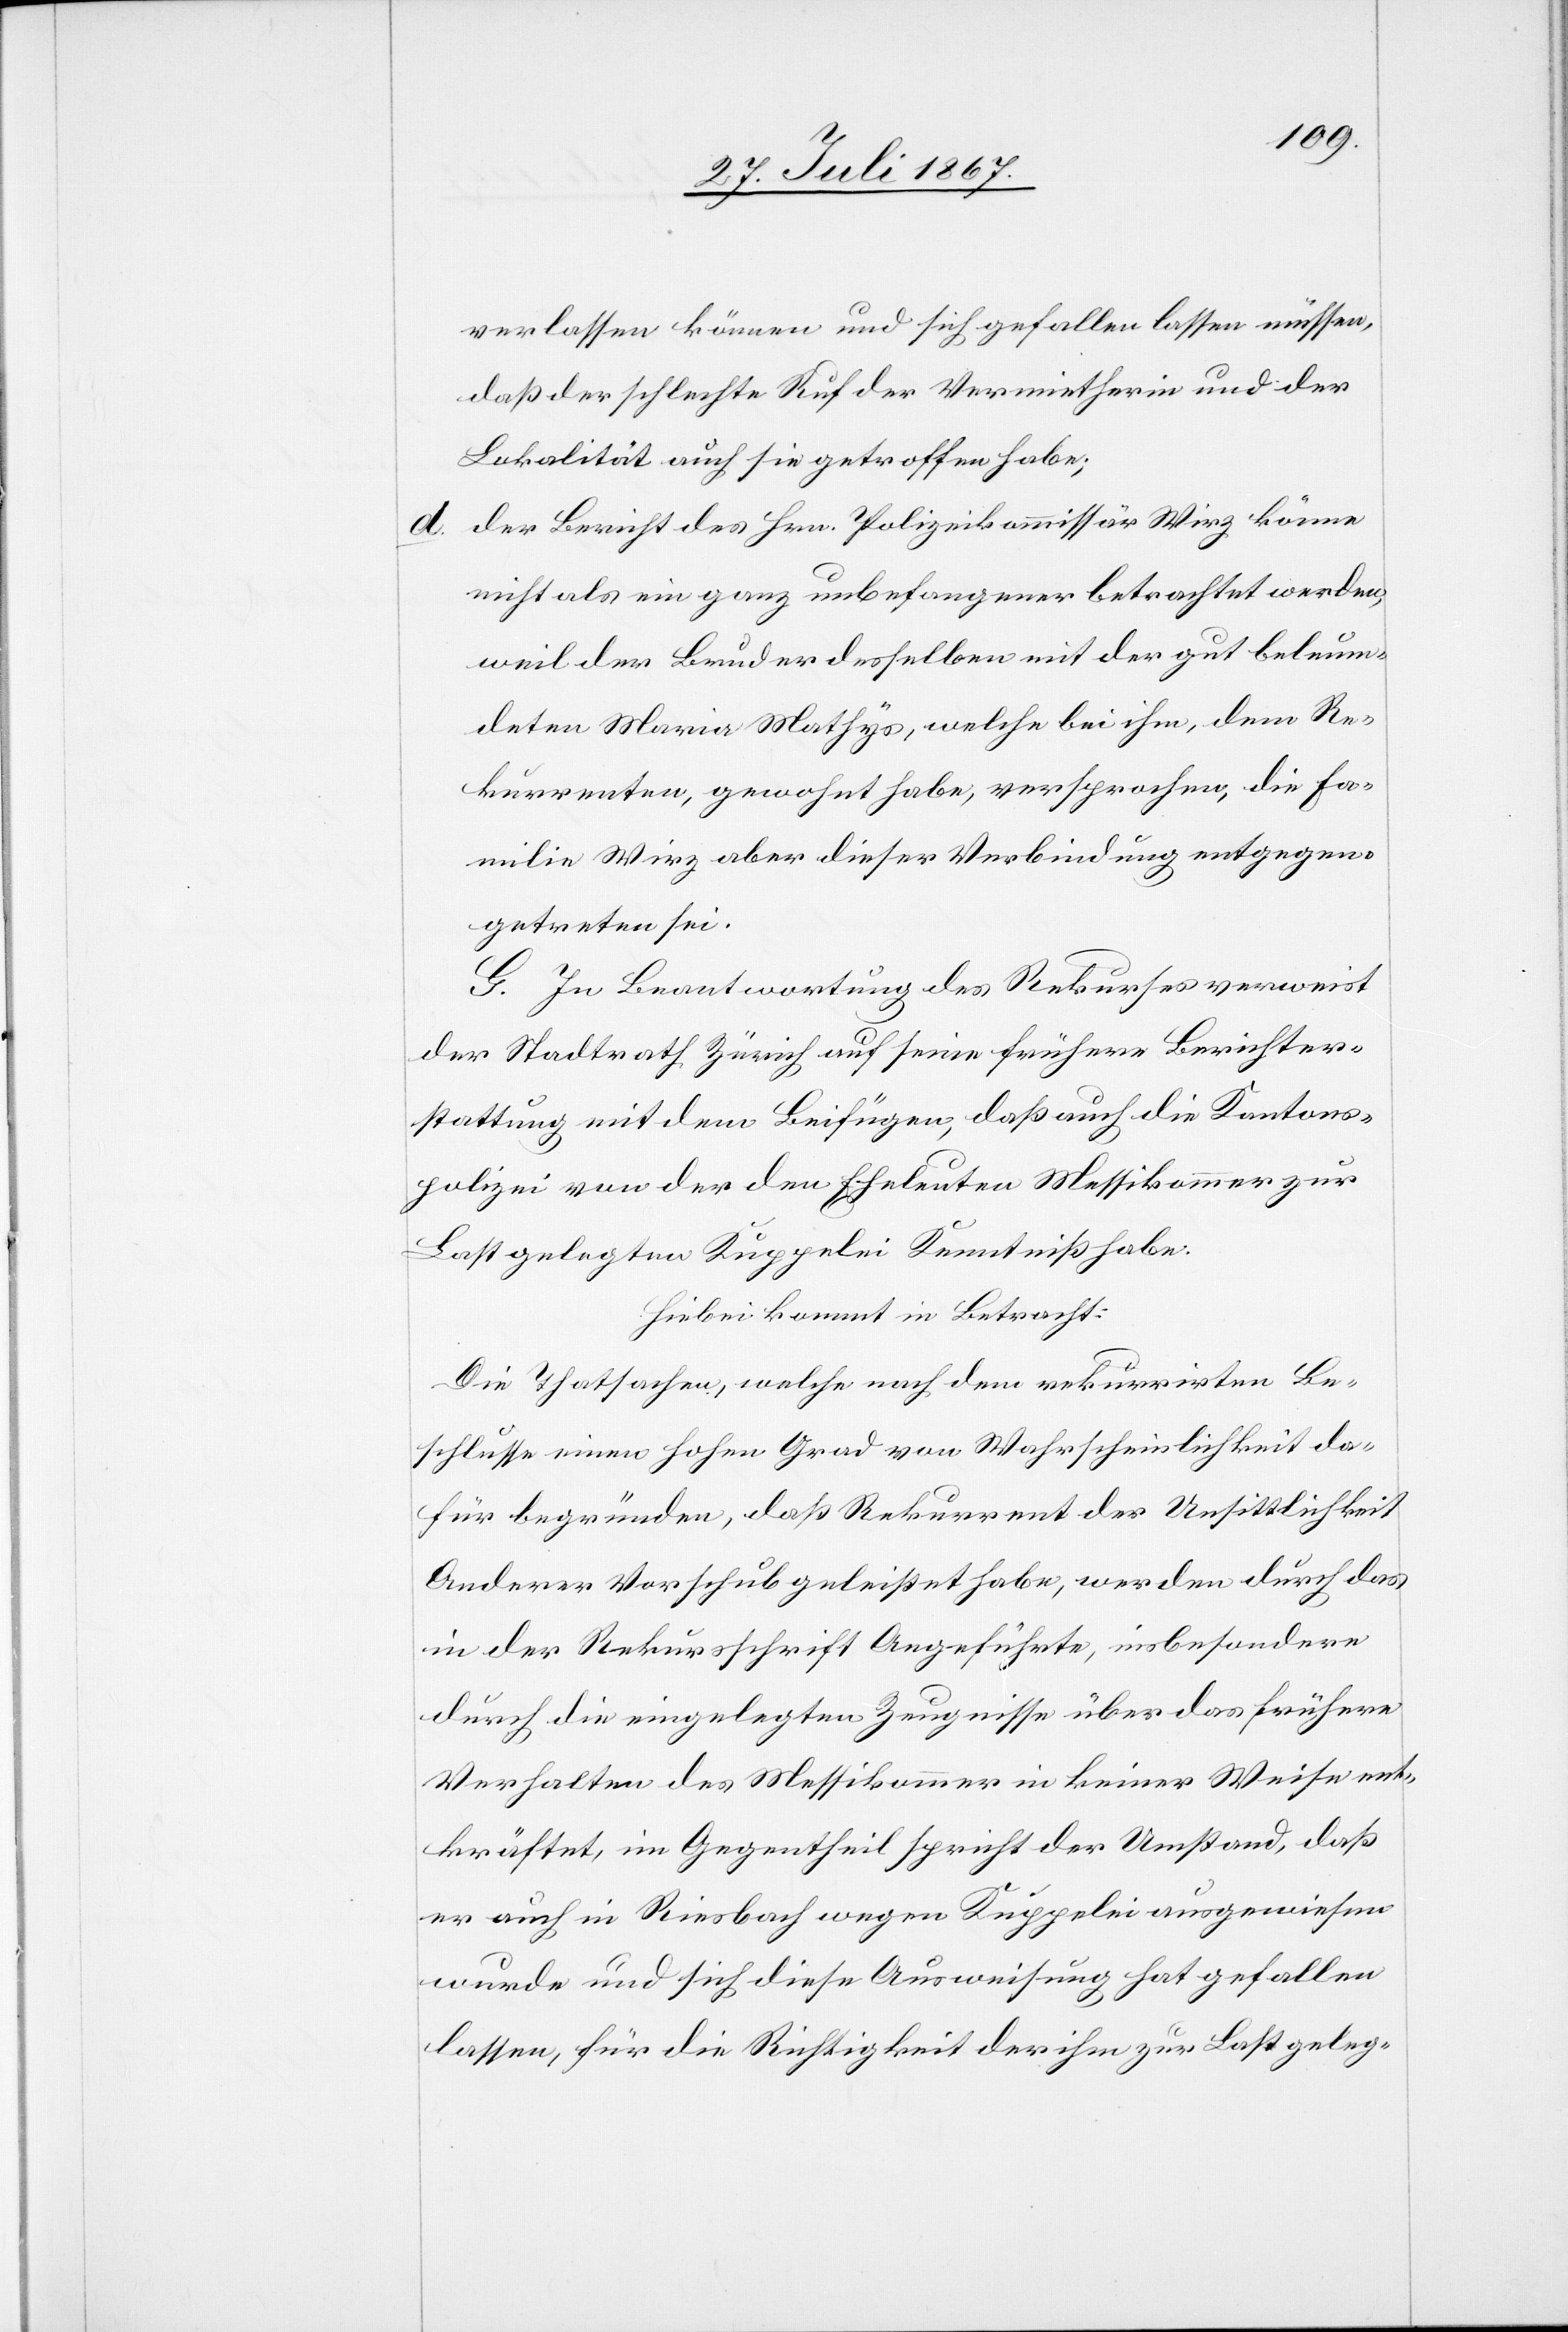
verlassen können und sich gefallen lassen müssen,
daß der schlechte Ruf der Vermietherin und der
Lokalität auch sie getroffen habe;
d. der Bericht des Hrn. Polizeikommissär Wirz könne
nichts als ein ganz unbefangener betrachtet werden,
weil der Bruder desselben mit der gut beleum¬
deten Maria Mathys, welche bei ihm, dem Re¬
kurrenten, gewohnt habe, versprochen, die Fa¬
milie Wirz aber dieser Verbindung entgegen¬
getreten sei.
G. In Beantwortung des Rekurses verweist
der Stadtrath Zürich auf seine frühere Berichter¬
stattung mit dem Beifügen, daß auch die Kantons¬
polizei von der den Eheleuten Messikommer zur
Last gelegten Kuppelei Kenntniß habe.
Hiebei kommt in Betracht:
Die Thatsachen, welche nach dem rekurrirten Be¬
schlusse einen hohen Grad von Wahrscheinlichkeit da¬
für begründen, daß Rekurrent der Unsittlichkeit
Anderer Vorschub geleistet habe, werden durch das
in der Rekursschrift Angeführte, insbesondere
durch die eingelegten Zeugnisse über das frühere
Verhalten des Messikommer in keiner Weise ent¬
kräftet, im Gegentheil spricht der Umstand, daß
er auch in Riesbach wegen Kuppelei ausgewiesen
wurde und sich diese Ausweisung hat gefallen
lassen, für die Richtigkeit der ihm zur Last geleg-